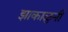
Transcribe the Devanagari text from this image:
झाकाळुनी